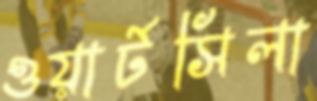
ওয়ার্টসিলা